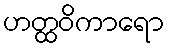
ဟတ္ထဝိကာရော